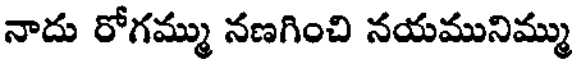
నాదు రోగమ్ము నణగించి నయమునిమ్ము